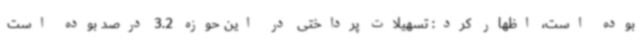
بوده است، اظهار کرد: تسهیلات پرداختی در این حوزه 3.2 درصد بوده است